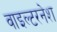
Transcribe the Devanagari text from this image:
वाइल्टरनेश